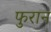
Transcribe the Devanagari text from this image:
फुरान